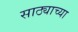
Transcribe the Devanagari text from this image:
साठ्याच्या